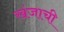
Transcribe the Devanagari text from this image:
खंजाची